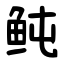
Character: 鲀